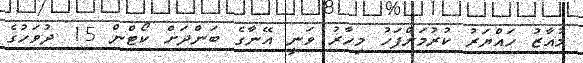
މުއާޒު ހައްޔަރު ކުރުމަށްފަހު މިހާރު ވަނީ އޭނާގެ ބަންދަށް ކޯޓްން 15 ދުވަހުގެ